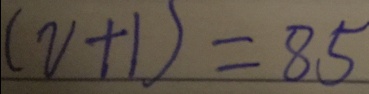
( V + 1 ) = 8 5